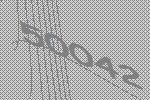
50042